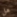
هل